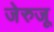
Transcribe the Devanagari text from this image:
जेरुजू